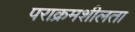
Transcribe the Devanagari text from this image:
पराक्रमशीलता